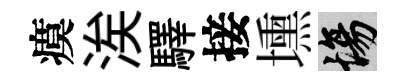
瘼涘驛接壎場